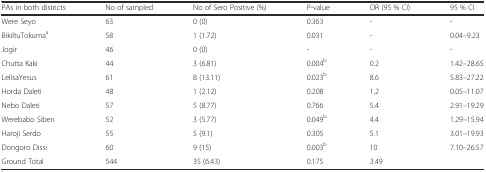
<table><thead><tr><td><b>PAs in both districts</b></td><td><b>No of sampled</b></td><td><b>No of Sero Positive (%)</b></td><td><b>P-value</b></td><td><b>OR (95 % CI)</b></td><td><b>95 % CI</b></td></tr></thead><tbody><tr><td>Were Seyo</td><td>63</td><td>0 (0)</td><td>0.363</td><td>-</td><td>-</td></tr><tr><td>BikiltuTokuma<sup>a</sup></td><td>58</td><td>1 (1.72)</td><td>0.031</td><td>-</td><td>0.04–9.23</td></tr><tr><td>Jogir</td><td>46</td><td>0 (0)</td><td>-</td><td>-</td><td>-</td></tr><tr><td>Chutta Kaki</td><td>44</td><td>3 (6.81)</td><td>0.004<sup>b</sup></td><td>0.2</td><td>1.42–28.65</td></tr><tr><td>LelisaYesus</td><td>61</td><td>8 (13.11)</td><td>0.023<sup>b</sup></td><td>8.6</td><td>5.83–27.22</td></tr><tr><td>Horda Daleti</td><td>48</td><td>1 (2.12)</td><td>0.208</td><td>1.2</td><td>0.05–11.07</td></tr><tr><td>Nebo Daleti</td><td>57</td><td>5 (8.77)</td><td>0.766</td><td>5.4</td><td>2.91–19.29</td></tr><tr><td>Werebabo Siben</td><td>52</td><td>3 (5.77)</td><td>0.049<sup>b</sup></td><td>4.4</td><td>1.29–15.94</td></tr><tr><td>Haroji Serdo</td><td>55</td><td>5 (9.1)</td><td>0.305</td><td>5.1</td><td>3.01–19.93</td></tr><tr><td>Dongoro Dissi</td><td>60</td><td>9 (15)</td><td>0.003<sup>b</sup></td><td>10</td><td>7.10–26.57</td></tr><tr><td>Ground Total</td><td>544</td><td>35 (6.43)</td><td>0.175</td><td>3.49</td><td></td></tr></tbody></table>